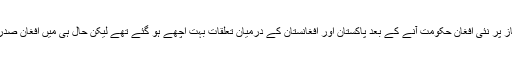
دفاعی تجزیہ کار بریگیڈیئر ریٹائرڈ اسد منیر کا کہنا ہے کہ اس سال کے آغاز پر نئی افغان حکومت آنے کے بعد پاکستان اور افغانستان کے درمیان تعلقات بہت اچھے ہو گئے تھے لیکن حال ہی میں افغان صدر اشرف غنی کی پریس کانفرنس کی وجہ سے کچھ غلط فہمیاں پیدا ہوئی ہیں۔